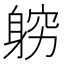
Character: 𲄢